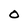
Character: O